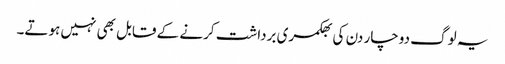
یہ لوگ دوچار دن کی بھکمری برداشت کرنے کے قابل بھی نہیں ہوتے۔